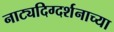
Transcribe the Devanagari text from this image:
नाट्यदिग्दर्शनाच्या